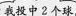
6.他们一共投中多少个球?